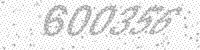
Solution: 600356